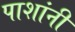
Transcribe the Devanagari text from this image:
पाशांनी